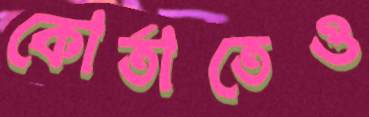
কোর্তাতেও